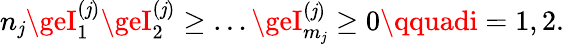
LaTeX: n_{\mathit{j}}\geI_{1}^{(\mathit{j})}\geI_{2}^{(\mathit{j})}\ge\dots\geI_{m_{\mathit{j}}}^{(\mathit{j})}\ge0\qquadi=1,2.